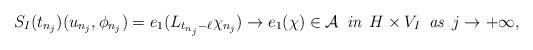
LaTeX: \begin{align*}S_I(t_{n_j})(u_{n_j},\phi_{n_j})=e_1(L_{t_{n_j}-\ell}\chi_{n_j})\rightarrow e_1(\chi)\in\mathcal{A}\,\,\,\textit{in}\,\,\, H\times V_I\,\,\,\textit{as}\,\,\,j\rightarrow+\infty,\end{align*}